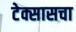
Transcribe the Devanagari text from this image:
टेक्सासचा